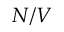
N / V